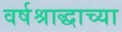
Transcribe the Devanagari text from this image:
वर्षश्राद्धाच्या